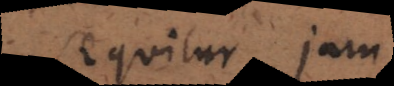
Sequitur jam